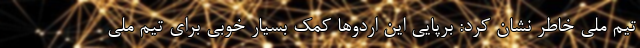
تیم ملی خاطر نشان کرد: برپایی این اردوها کمک بسیار خوبی برای تیم ملی